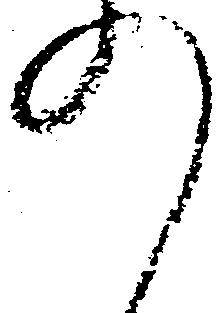
の